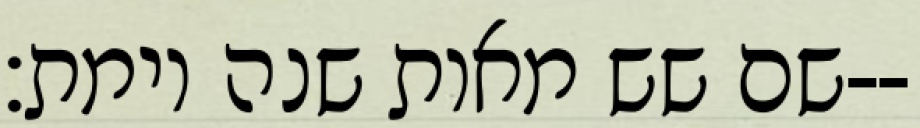
שם שש מאות שנה וימת׃--